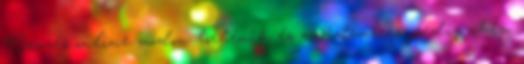
Nevzés online módon történik és az időmérés pedig chip